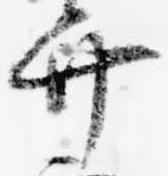
弁